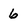
Character: 6